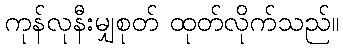
ကုန်လုနီးမျှစုတ် ထုတ်လိုက်သည်။